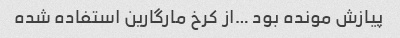
پیازش مونده بود …از کرخ مارگارین استفاده شده